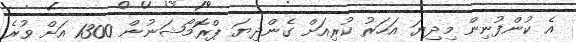
އެ ކުންފުނިން މިދިޔަ އަހަރު ކުރިއަށް ގެންދިޔަ ޕްރޮމޯޝަނުން 1300 އަށް ވުރެ